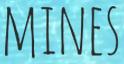
MINES